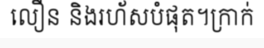
លឿន និងរហ័សបំផុត។ក្រាក់